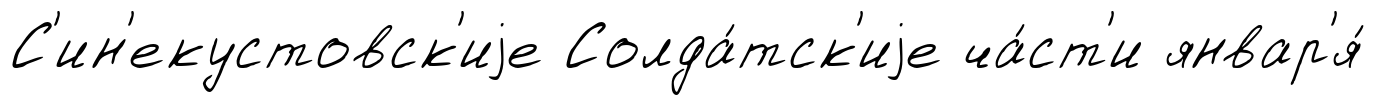
С'ин'екустовск'иjе Солда́тск'иjе ча́ст'и январ'я́